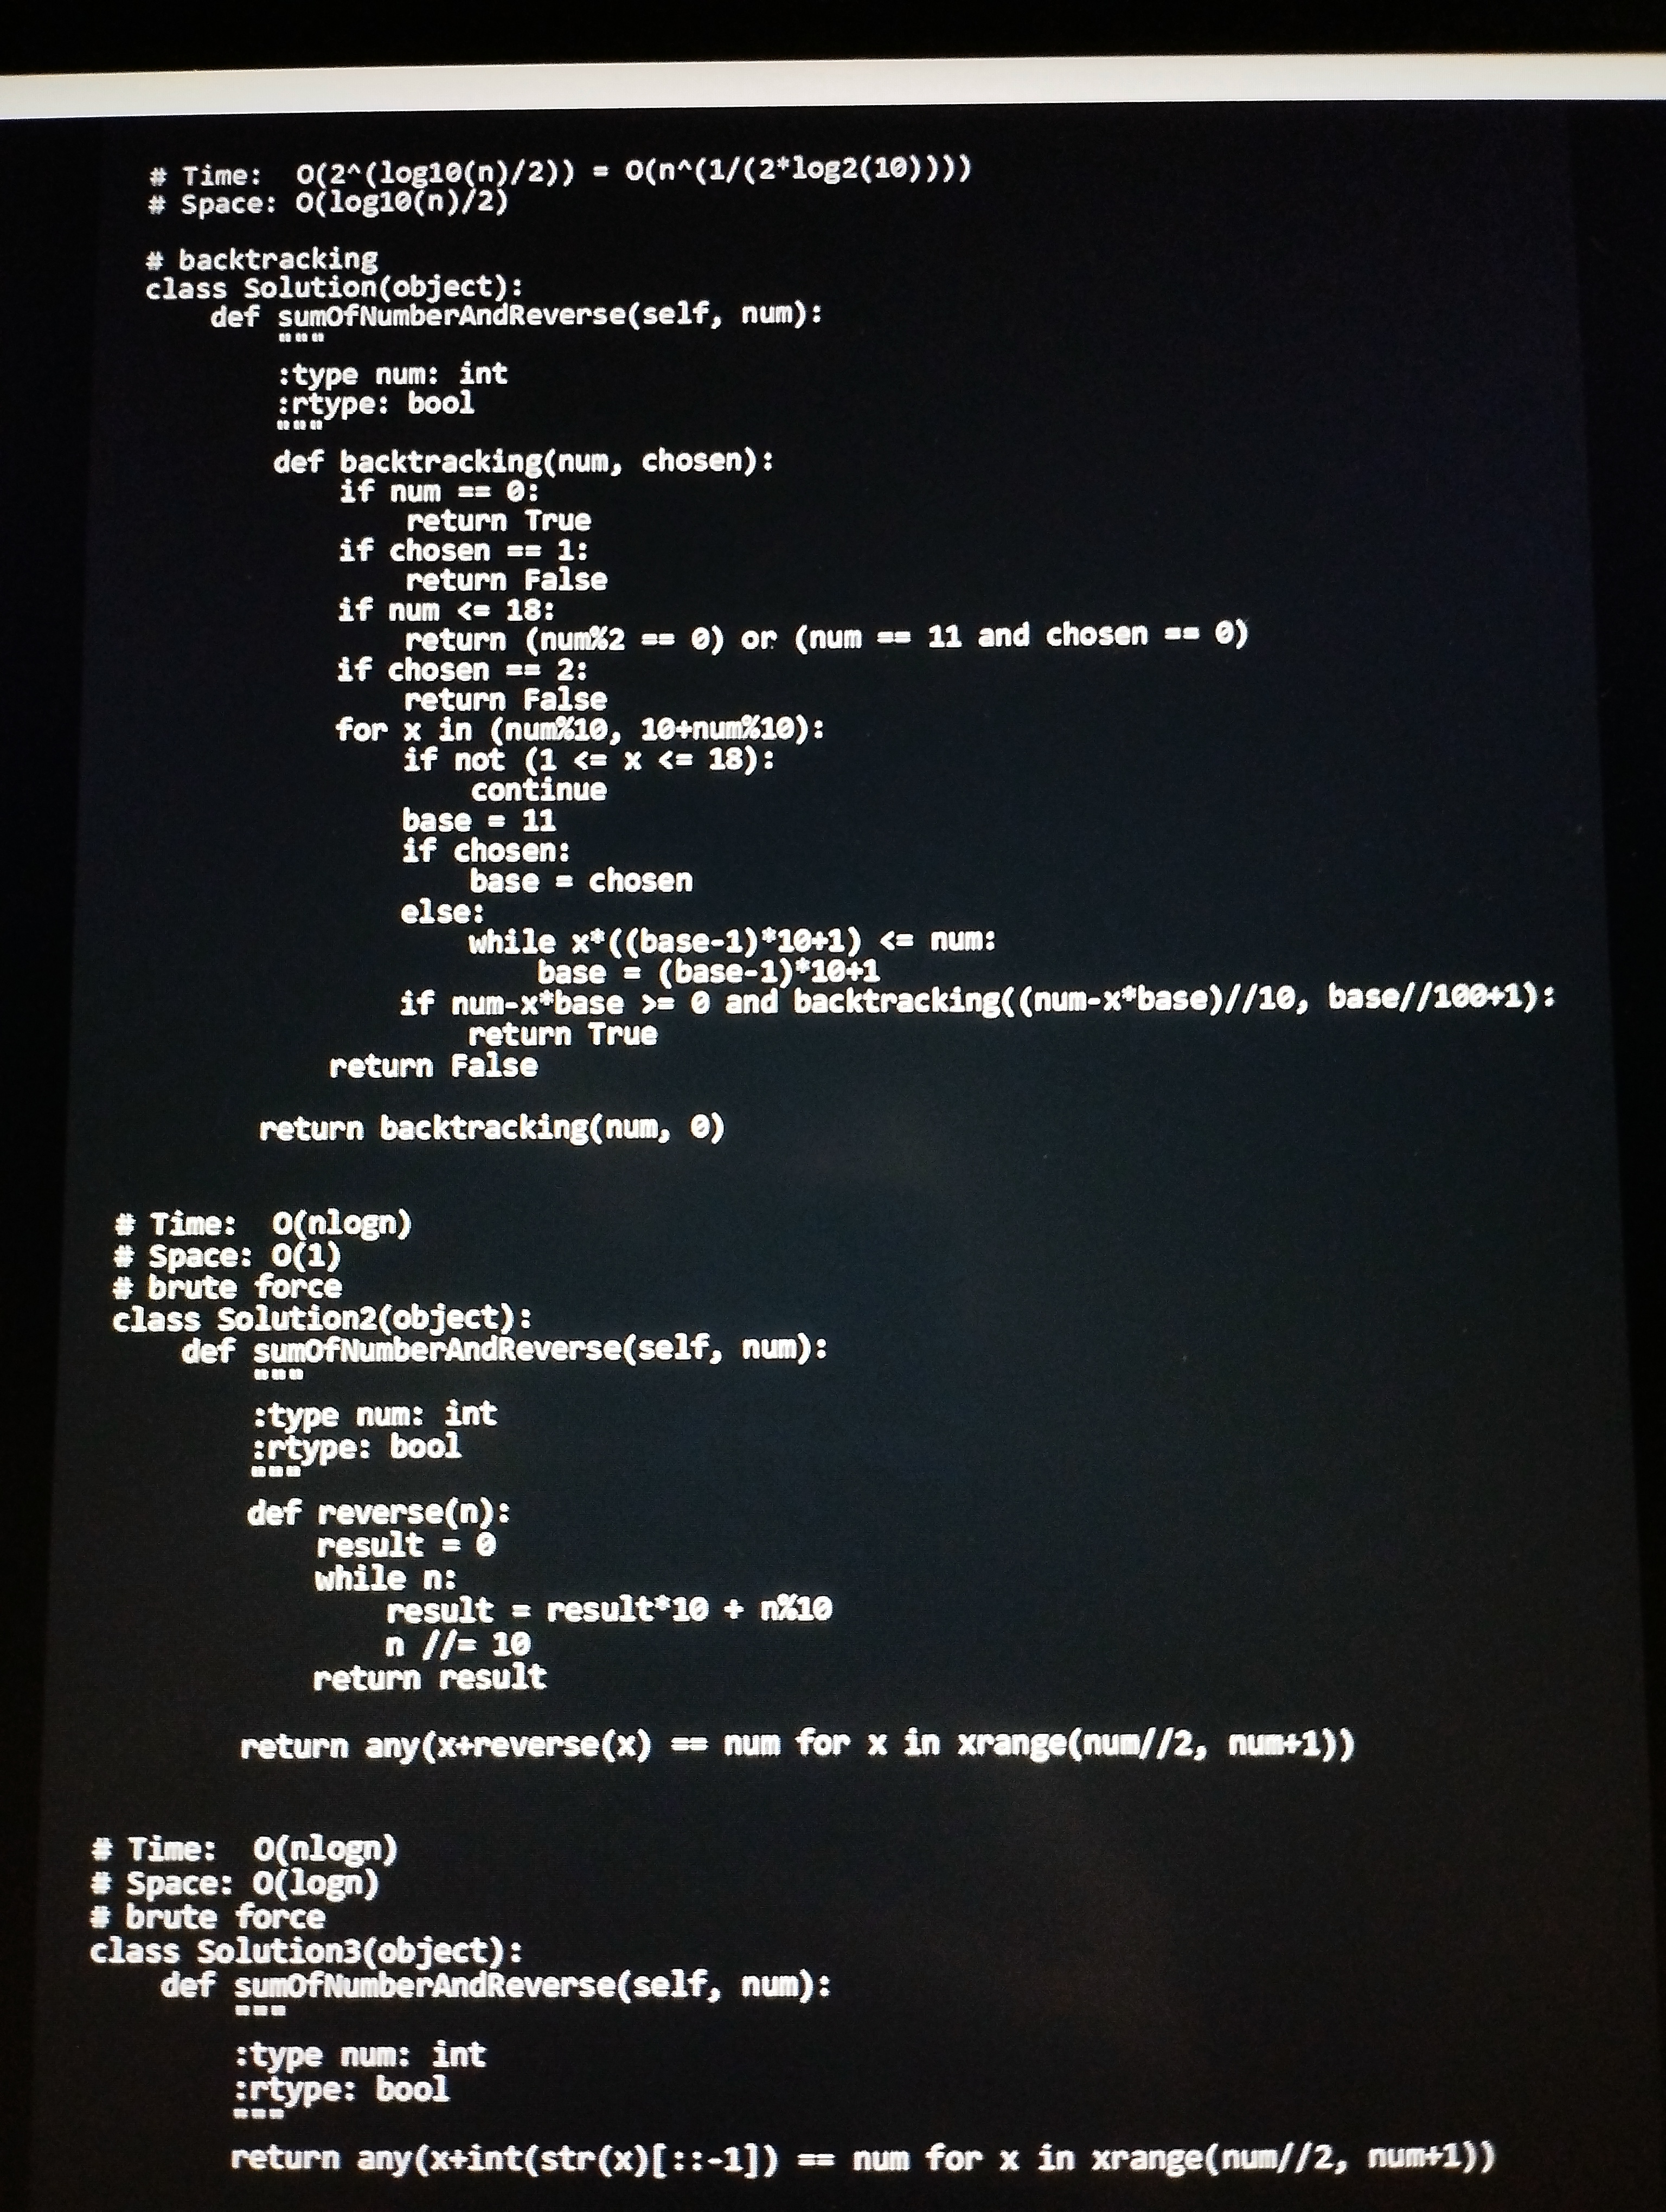
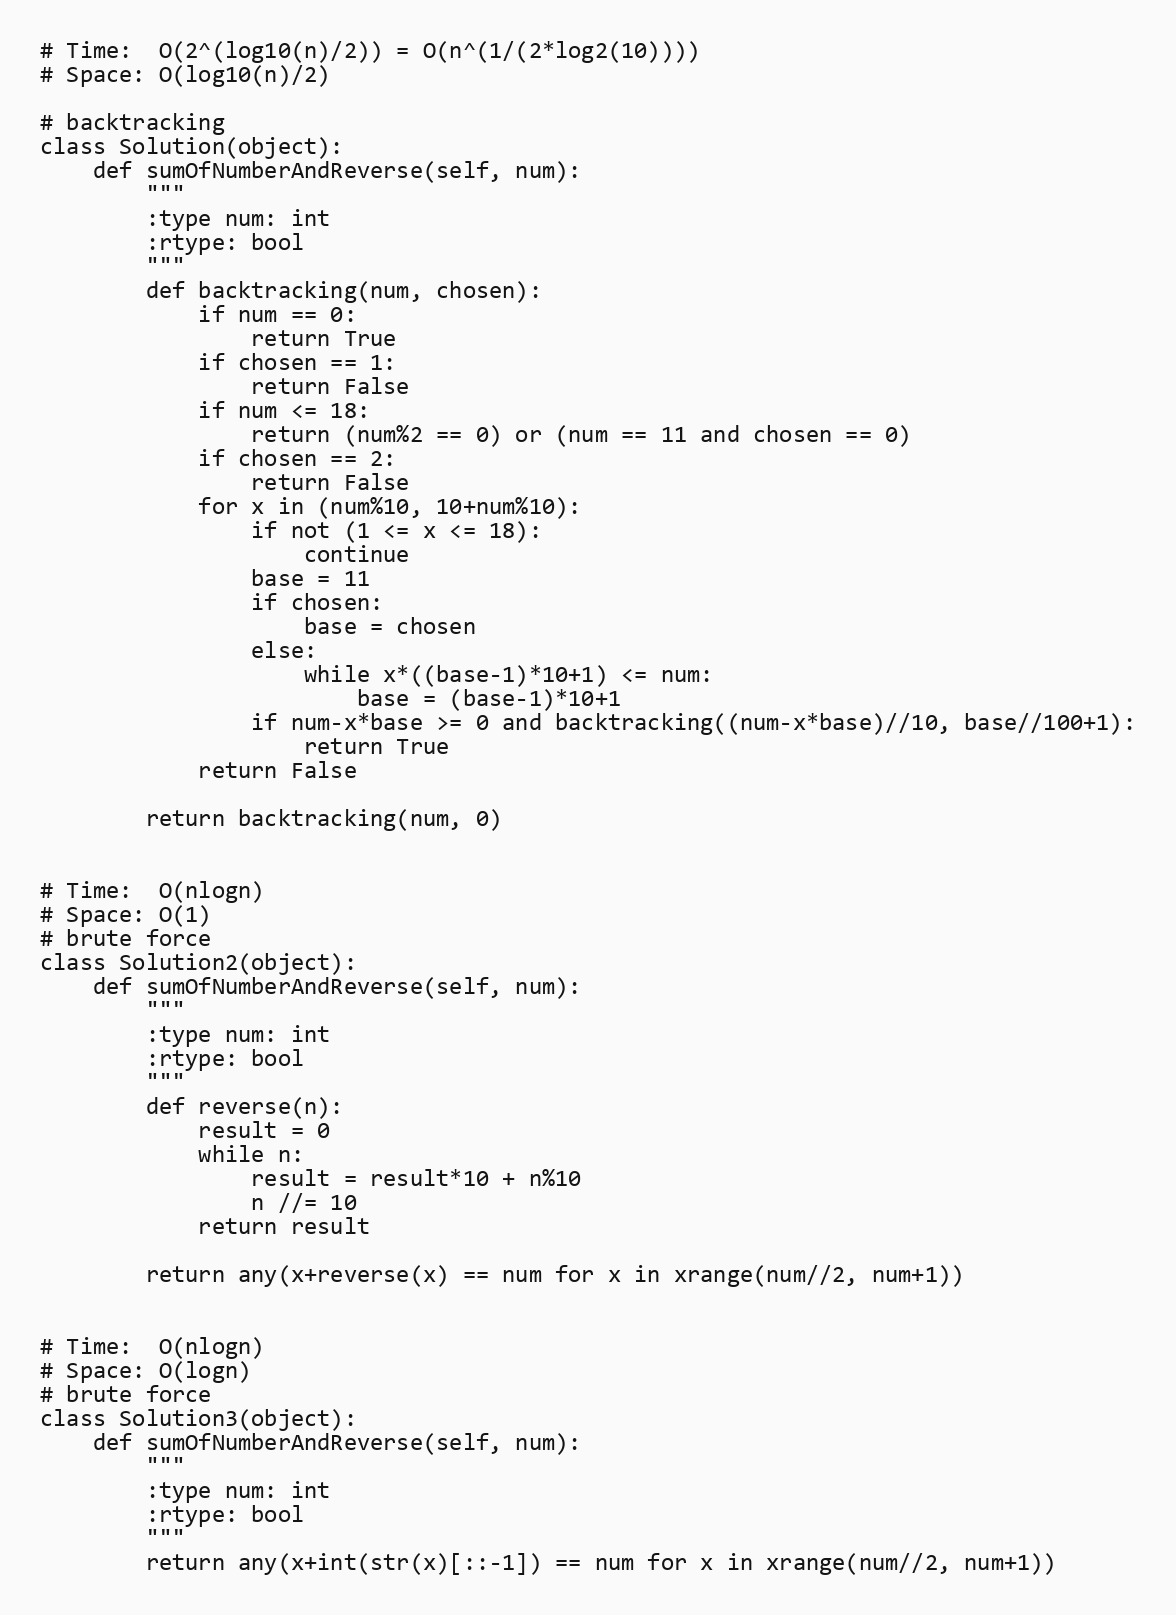
# Time:  O(2^(log10(n)/2)) = O(n^(1/(2*log2(10))))
# Space: O(log10(n)/2)

# backtracking
class Solution(object):
    def sumOfNumberAndReverse(self, num):
        """
        :type num: int
        :rtype: bool
        """
        def backtracking(num, chosen):
            if num == 0:
                return True
            if chosen == 1:
                return False
            if num <= 18:
                return (num%2 == 0) or (num == 11 and chosen == 0)
            if chosen == 2:
                return False
            for x in (num%10, 10+num%10):
                if not (1 <= x <= 18):
                    continue
                base = 11
                if chosen:
                    base = chosen
                else:
                    while x*((base-1)*10+1) <= num:
                        base = (base-1)*10+1
                if num-x*base >= 0 and backtracking((num-x*base)//10, base//100+1):
                    return True
            return False

        return backtracking(num, 0)

# Time:  O(nlogn)
# Space: O(1)
# brute force
class Solution2(object):
    def sumOfNumberAndReverse(self, num):
        """
        :type num: int
        :rtype: bool
        """
        def reverse(n):
            result = 0
            while n:
                result = result*10 + n%10
                n //= 10
            return result

        return any(x+reverse(x) == num for x in xrange(num//2, num+1))

# Time:  O(nlogn)
# Space: O(logn)
# brute force
class Solution3(object):
    def sumOfNumberAndReverse(self, num):
        """
        :type num: int
        :rtype: bool
        """
        return any(x+int(str(x)[::-1]) == num for x in xrange(num//2, num+1))